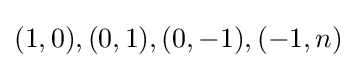
(1,0),(0,1),(0,-1),(-1,n)